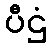
ပီဌံ